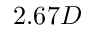
2 . 6 7 D